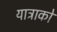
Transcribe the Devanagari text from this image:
यात्राको